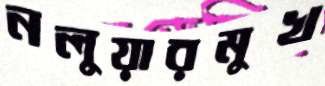
নলুয়ারমুখ